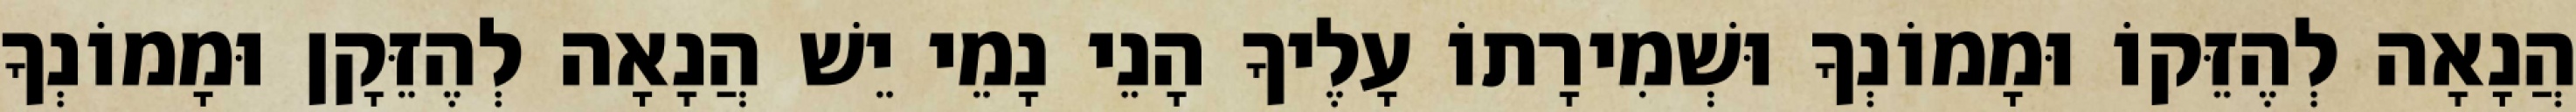
הֲנָאָה לְהֶזֵּקוֹ וּמָמוֹנְךָ וּשְׁמִירָתוֹ עָלֶיךָ הָנֵי נָמֵי יֵשׁ הֲנָאָה לְהֶזֵּקָן וּמָמוֹנְךָ